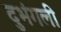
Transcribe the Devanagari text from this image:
दुभंगली